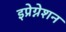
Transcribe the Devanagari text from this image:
इप्रेग्नेशन